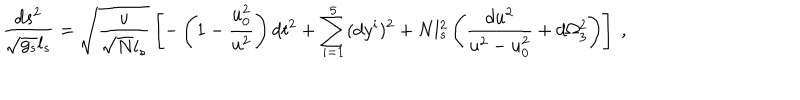
\frac { d s ^ { 2 } } { \sqrt { g _ { s } } l _ { s } } = \sqrt { \frac { u } { \sqrt { N } l _ { s } } } \left[ - \left( 1 - \frac { u _ { 0 } ^ { 2 } } { u ^ { 2 } } \right) d t ^ { 2 } + \sum _ { i = 1 } ^ { 5 } ( d y ^ { i } ) ^ { 2 } + N l _ { s } ^ { 2 } \left( \frac { d u ^ { 2 } } { u ^ { 2 } - u _ { 0 } ^ { 2 } } + d \Omega _ { 3 } ^ { 2 } \right) \right] \ ,